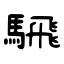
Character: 騛